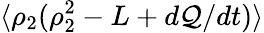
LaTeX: \langle\rho_{2}(\rho_{2}^{2}-L+d\mathcal{Q}/dt)\rangle